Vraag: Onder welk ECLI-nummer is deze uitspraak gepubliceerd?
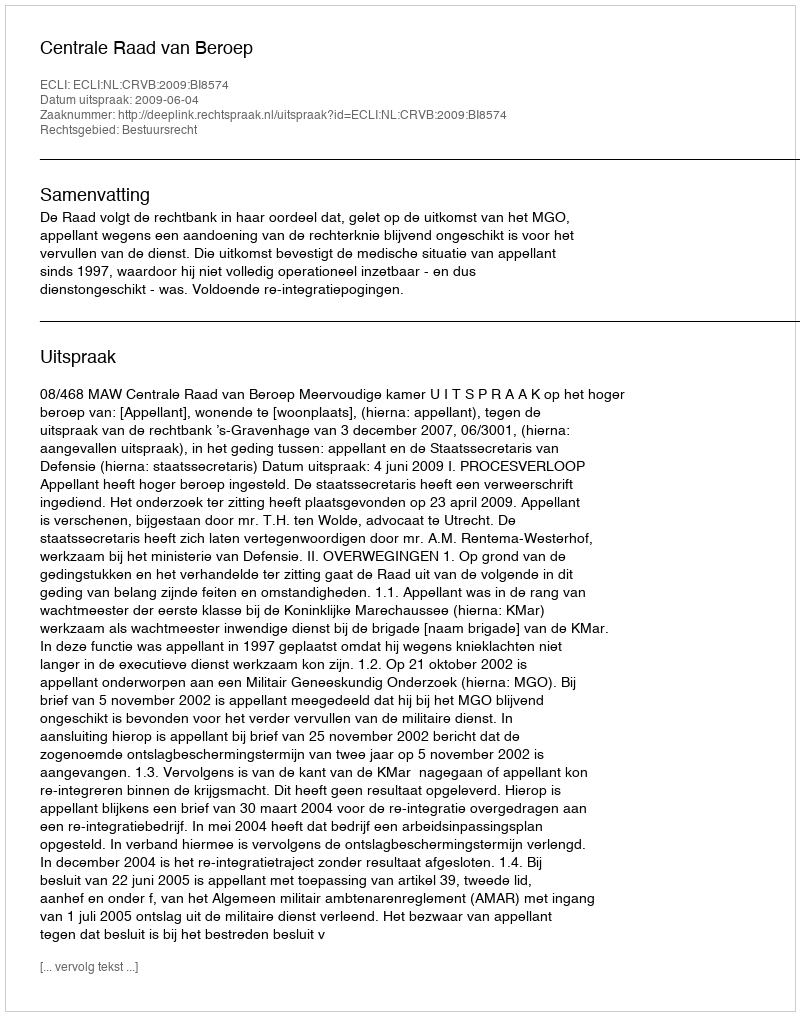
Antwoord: ECLI:NL:CRVB:2009:BI8574